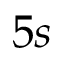
5 s